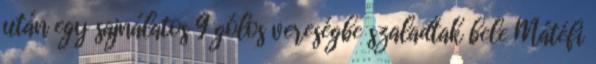
után egy sajnálatos 9 gólos vereségbe szaladtak bele Mátéfi